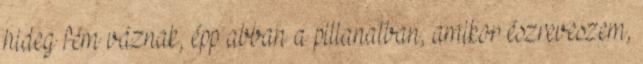
hideg fém váznak, épp abban a pillanatban, amikor észreveszem,